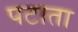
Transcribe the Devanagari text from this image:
पटाता